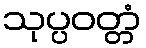
သုပ္ပဝတ္တံ